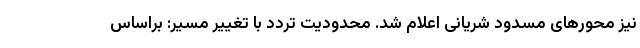
نیز محور‌های مسدود شریانی اعلام شد. محدودیت تردد با تغییر مسیر: براساس